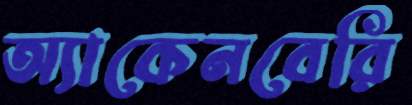
অ্যাকেনবেরি